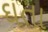
ઘતા